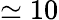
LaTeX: \simeq 10